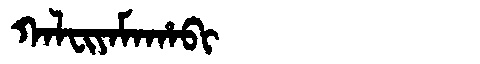
Manchu: ᡴᠠᠯᠸᡳᠶᠠᠮᠠᡥᠠᠪᡳ
Romanization: KALFIYAMAHABI